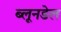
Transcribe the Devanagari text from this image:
ब्लूनडेल